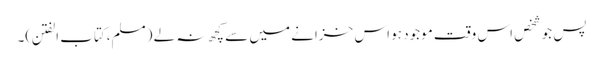
پس جو شخص اس وقت موجود ہو اس خزانے میں سے کچھ نہ لے (مسلم،کتاب الفتن)۔